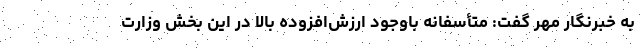
به خبرنگار مهر گفت: متأسفانه باوجود ارزش‌افزوده بالا در این بخش وزارت